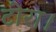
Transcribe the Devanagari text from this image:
टोरा।